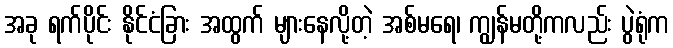
အခု ရက်ပိုင်း နိုင်ငံခြား အထွက် များနေလို့တဲ့ အစ်မရေ၊ ကျွန်မတို့ကလည်း ပွဲရုံက